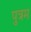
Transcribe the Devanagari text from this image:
पुत्रम